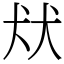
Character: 㹜